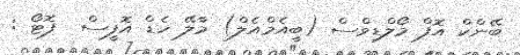
ބޭންކް އޮފް މޯލްޑިވްސް (ބީއެމްއެލް) މާލޭ ހެޑް އޮފީސް  ފޮޓޯ :